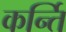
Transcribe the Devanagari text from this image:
कर्न्ति